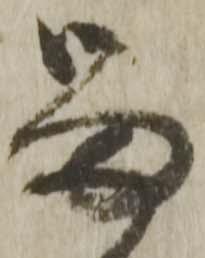
留